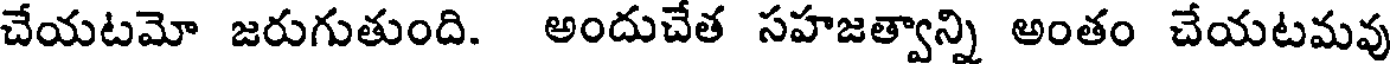
చేయటమో జరుగుతుంది. అందుచేత సహజత్వాన్ని అంతం చేయటమవు